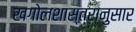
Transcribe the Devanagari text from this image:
खगोलशास्त्रानुसार